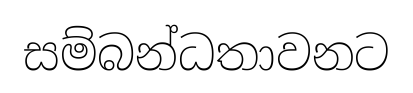
සම්බන්ධතාවනට